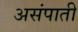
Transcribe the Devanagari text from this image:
असंपाती